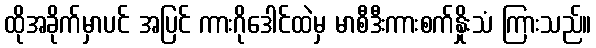
ထိုအခိုက်မှာပင် အပြင် ကားဂိုဒေါင်ထဲမှ မာစီဒီးကားစက်နှိုးသံ ကြားသည်။